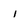
Character: 1